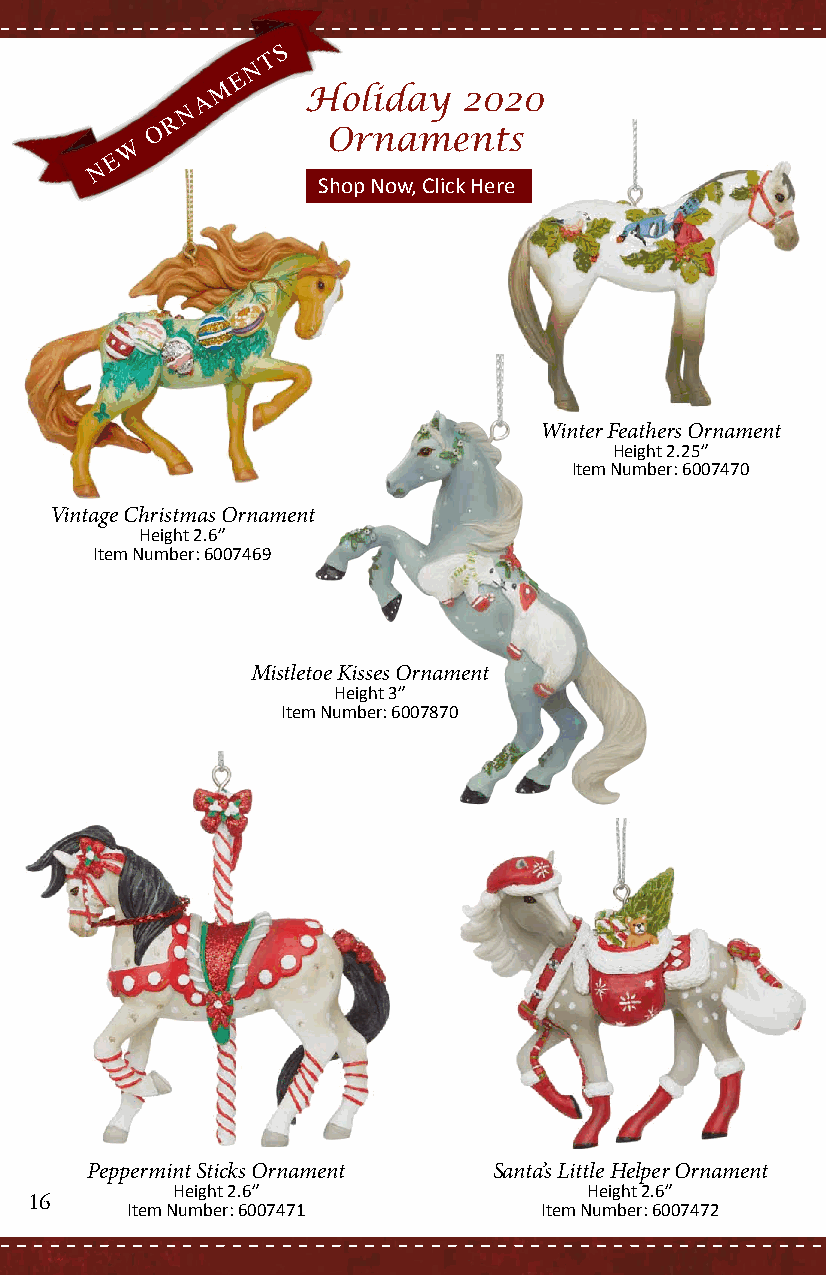
S
 T
 N
 E
 M
 A     Holiday    2020
 N
 R
 O           Ornaments
 W
 E
 N
 Shop Now, Click Here
 Winter Feathers Ornament
 Height 2.25”
 Item Number: 6007470
 Vintage Christmas Ornament
 Height 2.6”
 Item Number: 6007469
 Mistletoe Kisses Ornament
 Height 3”
 Item Number: 6007870
 Peppermint Sticks Ornament Santa’s Little Helper Ornament
 Height 2.6”                 Height 2.6”
 16
 Item Number: 6007471        Item Number: 6007472